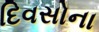
દિવસોના